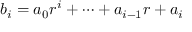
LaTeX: b _ { i } = a _ { 0 } r ^ { i } + \cdots + a _ { i - 1 } r + a _ { i }